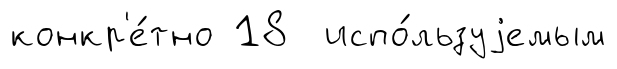
конкр'е́тно 18 испо́льзуjемым